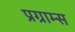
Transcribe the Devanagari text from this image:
प्रग्राम्स